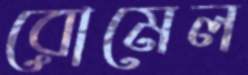
রোমেল